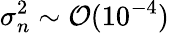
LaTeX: \sigma_{n}^{2}\sim\mathcal{O}(10^{-4})